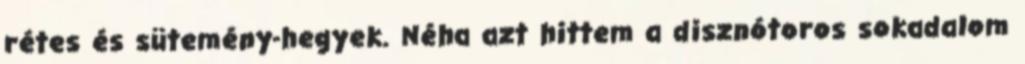
rétes és sütemény-hegyek. Néha azt hittem a disznótoros sokadalom